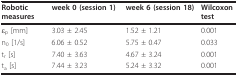
<table><thead><tr><td><b>Robotic measures</b></td><td><b>week 0 (session 1)</b></td><td><b>week 6 (session 18)</b></td><td><b>Wilcoxon test</b></td></tr></thead><tbody><tr><td>ε<sub>p </sub>[mm]</td><td>3.03 ± 2.45</td><td>1.52 ± 1.21</td><td>0.001</td></tr><tr><td>n<sub>0 </sub>[1/s]</td><td>6.06 ± 0.52</td><td>5.75 ± 0.47</td><td>0.033</td></tr><tr><td>t<sub>r </sub>[s]</td><td>7.40 ± 3.63</td><td>4.67 ± 3.24</td><td>0.001</td></tr><tr><td>t<sub>a </sub>[s]</td><td>7.44 ± 3.23</td><td>5.24 ± 3.32</td><td>0.001</td></tr></tbody></table>